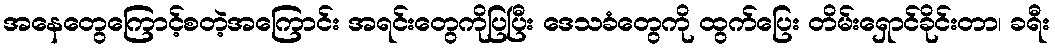
အနေတွေကြောင့်စတဲ့အကြောင်း အရင်းတွေကိုပြပြီး ဒေသခံတွေကို ထွက်ပြေး တိမ်းရှောင်ခိုင်းတာ၊ ခရီး